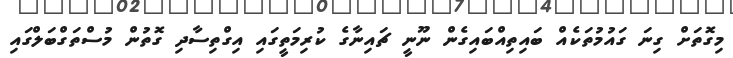
މިގޮތަށް ގިނަ ގައުމުތަކެއް ބައިތިއްބައިގެން ނޫނީ ޗައިނާގެ ކުރިމަތީގައި އިގްތިސާދި ގޮތުން މުސްތަގްބަލްގައި